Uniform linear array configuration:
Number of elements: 24
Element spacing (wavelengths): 1
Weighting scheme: hamming
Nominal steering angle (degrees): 45
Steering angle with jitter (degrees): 45.481
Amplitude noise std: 0.05
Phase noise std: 0.05

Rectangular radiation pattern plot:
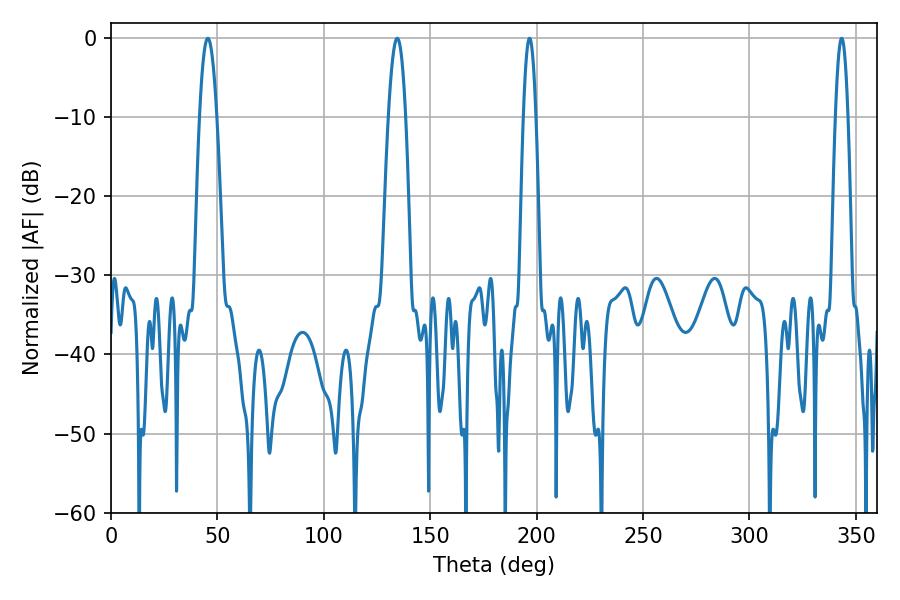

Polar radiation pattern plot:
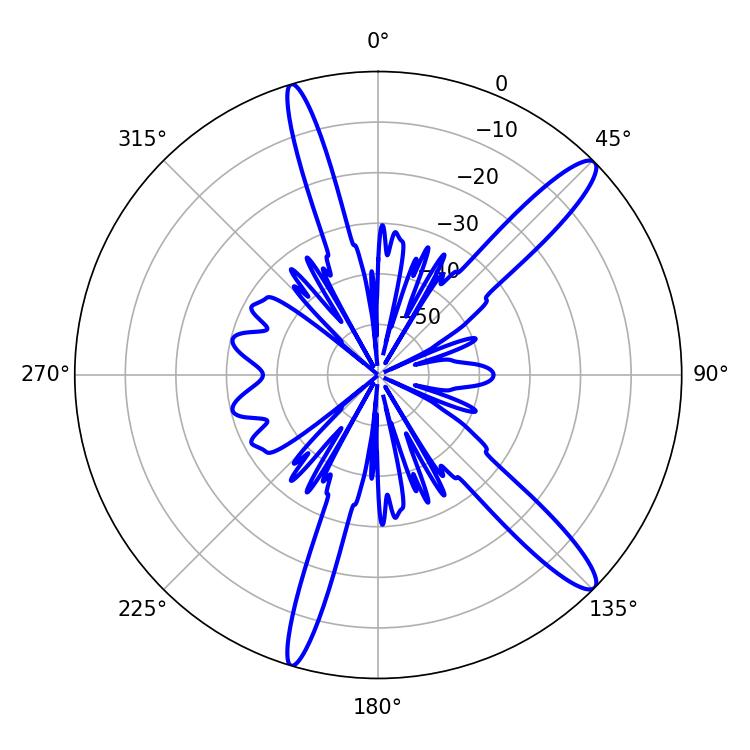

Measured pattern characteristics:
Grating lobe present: TRUE
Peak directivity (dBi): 13.723
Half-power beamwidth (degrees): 4.32
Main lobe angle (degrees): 45.54